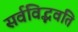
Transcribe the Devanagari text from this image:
सर्वविद्भवति